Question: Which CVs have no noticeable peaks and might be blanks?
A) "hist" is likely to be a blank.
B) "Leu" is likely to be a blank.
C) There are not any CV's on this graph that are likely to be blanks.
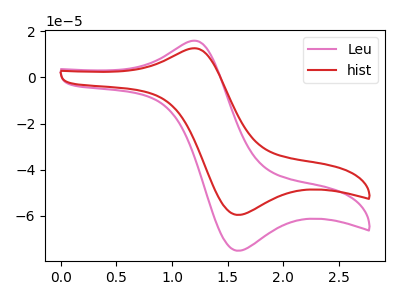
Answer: <think>The pink curve "Leu" has an anodic peak at (1.15V, 15.70uA) and a cathodic peak at (1.60V, -75.05uA). The red curve "hist" has an anodic peak at (1.15V, 12.45uA) and a cathodic peak at (1.60V, -59.55uA).</think>
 <answer>C) There are not any CV's on this graph that are likely to be blanks.</answer>
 <eval>C</eval>